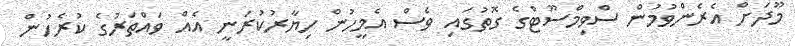
މޫދަށް އެރެންވުމުން ސްވިމްސޫޓްގެ ގޮތުގައި ވެސް އެމީހުން ހިޔާރުކުރަނީ އެއް ވައްތަރުގެ ކުރެހުން